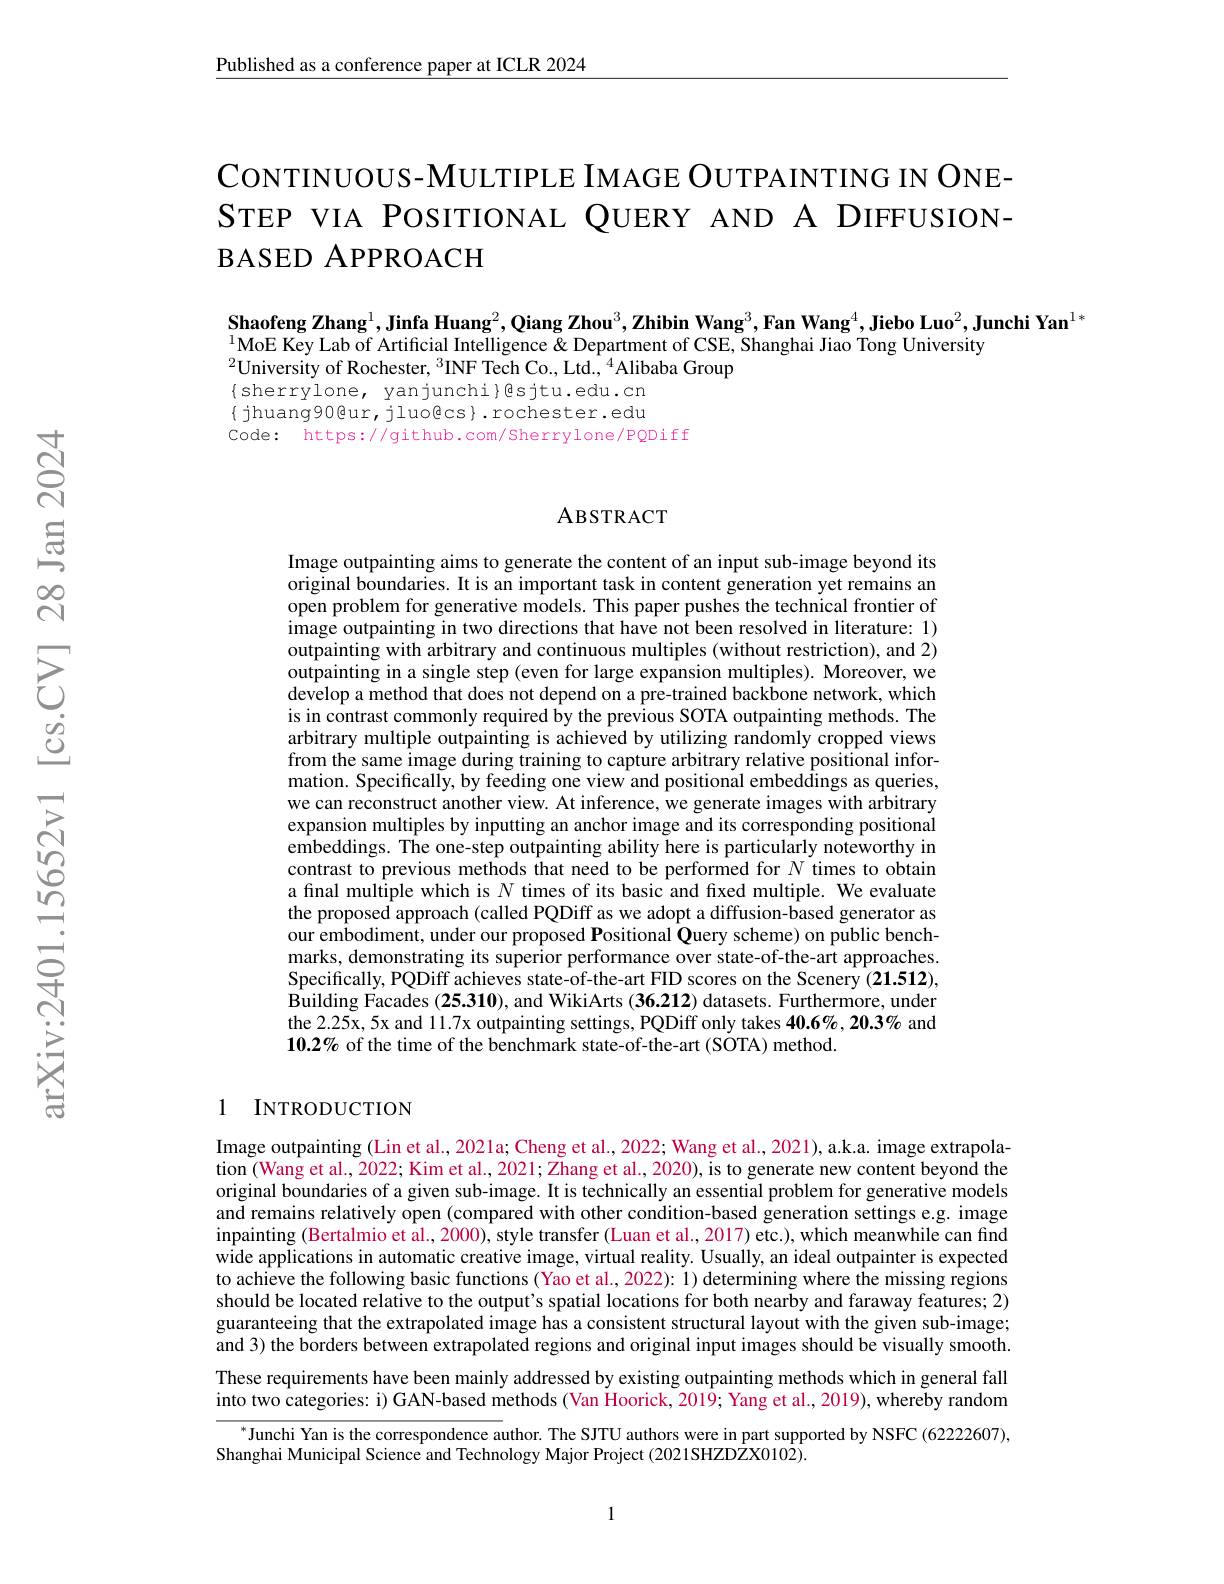
$\underline{\text{Published as a conference paper at ICLR 2024}}$

CONTINUOUS-MULTIPLE IMAGE OUTPAINTING IN ONESTEP VIA POSITIONAL QUERY AND A DIFFUSIONBASED APPROACH

$\textbf{Shaofeng Zhang}^1,\textbf{Jinfa Huang}^2,\textbf{Qiang Zhou}^3,\textbf{Zhibin Wang}^3,\textbf{Fan Wang}^4,\textbf{Jiebo Luo}^2,\textbf{Junchi Yan}^{1*}$
$^{1}$MoE Key Lab of Artificial Intelligence & Department of CSE, Shanghai Jiao Tong University
$^{2}$University of Rochester, $^3$INF Tech Co., Ltd.,$^{4}$Alibaba Group
$\{$sherrylone, yanjunchi}gsjtu.edu.cn $\{$ jhuang90@ur, jluo@cs}. rochester. edu Code: https://github.com/Sherrylone/PQDiff

### ABSTRACT

Image outpainting aims to generate the content of an input sub-image beyond its original boundaries. It is an important task in content generation yet remains an open problem for generative models. This paper pushes the technical frontier of image outpainting in two directions that have not been resolved in literature: 1) outpainting with arbitrary and continuous multiples (without restriction), and 2) $\hat{\text{outpainting in a single step (even for large expansion multiples). Moreover, we}}$ develop a method that does not depend on a pre-trained backbone network, which is in contrast commonly required by the previous SOTA outpainting methods. The arbitrary multiple outpainting is achieved by utilizing randomly cropped views from the same image during training to capture arbitrary relative positional information. Specifically, by feeding one view and positional embeddings as queries, we can reconstruct another view. At inference, we generate images with arbitrary expansion multiples by inputting an anchor image and its corresponding positional $\hat{\text{embeddings. The one-step outpainting ability here is particularly noteworthy in}}$ contrast to previous methods that need to be performed for $N$ times to obtain a final multiple which is $N$ times of its basic and fixed multiple. We evaluate the proposed approach (called PQDiff as we adopt a diffusion-based generator as our embodiment, under our proposed Positional Query scheme) on public benchmarks, demonstrating its superior performance over state-of-the-art approaches. Specifically, PQDiff achieves state-of-the-art FID scores on the Scenery (21.512), $\dot{\text{Building Facades }}(25.310)$, and WikiArts (36.212) datasets. Furthermore, under the 2.25x, 5x and 11.7x outpainting settings, PQDiff only takes 40.6%, 20.3% and $\mathbf{10.2\%~of~the~time~of~the~benchmark~state-of-the-art~(SOTA)~method.}$

## 1 INTRODUCTION

Image outpainting (Lin et al., 2021a; Cheng et al., 2022; Wang et al., 2021), a.k.a. image extrapolation $(\tilde{\text{Wang et al., 2022; Kim et al., 2021; Zhang et al., 2020), is to generate new content beyond the}}$ original boundaries of a given sub-image. It is technically an essential problem for generative models and remains relatively open (compared with other condition-based generation settings e.g. image inpainting (Bertalmio et al., 2000), style transfer (Luan et al., 2017) etc.), which meanwhile can find wide applications in automatic creative image, virtual reality. Usually, an ideal outpainter is expected to achieve the following basic functions (Yao et al., 2022): $\tilde{1} )$determining where the missing regions should be located relative to the output's spatial locations for both nearby and faraway features; 2) guaranteeing that the extrapolated image has a consistent structural layout with the given sub-image; and 3) the borders between extrapolated regions and original input images should be visually smooth. These requirements have been mainly addressed by existing outpainting methods which in general fall into two categories: i) GAN-based methods (Van Hoorick, 2019; Yang et al., 2019), whereby random
$^{*}$Junchi Yan is the correspondence author. The SJTU authors were in part supported by NSFC (622222607),

Shanghai Municipal Science and Technology Major Project (2021SHZDZX0102).

1